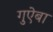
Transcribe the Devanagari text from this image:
गुऐबा